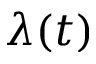
\lambda ( t )